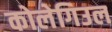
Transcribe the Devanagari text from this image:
कोलेगिउल